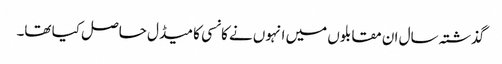
گذشتہ سال ان مقابلوں میں انہوں نے کانسی کا میڈل حاصل کیا تھا۔